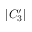
| C _ { 3 } ^ { \prime } |